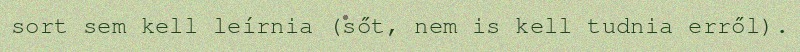
sort sem kell leírnia (sőt, nem is kell tudnia erről).